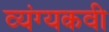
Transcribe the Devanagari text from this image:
व्यंग्यकवी